Revision of Machinery of Youth Service Scheme, 1942
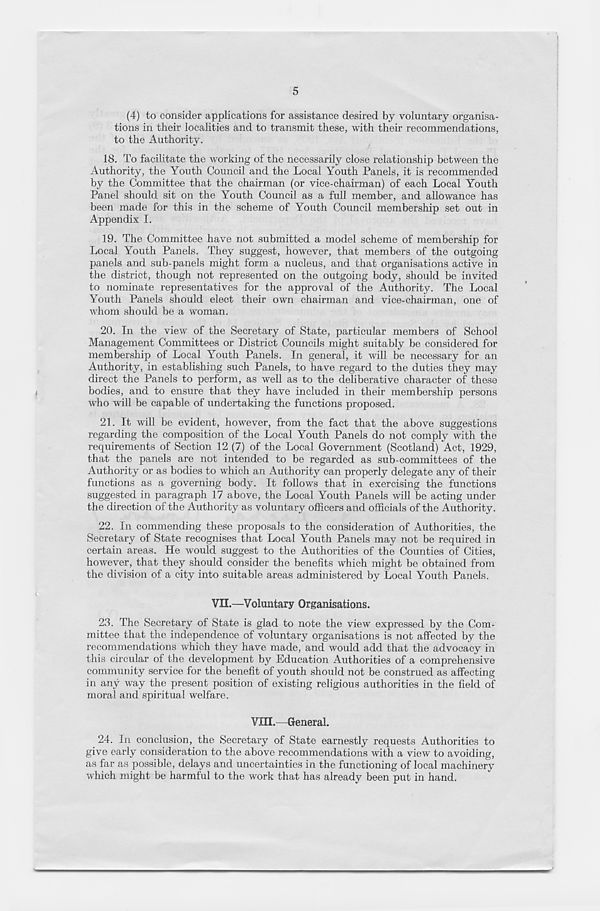
5
(4) to consider applications for assistance desired by voluntary organisa-
tions in their localities and to transmit these, with their recommendations,
to the Authority.
18. To facilitate the working of the necessarily close relationship between the
Authority, the Youth Council and the Local Youth Panels, it is recommended
by the Committee that the chairman (or vice-chairman) of each Local Youth
Panel should sit on the Youth Council as a full member, and allowance has
been made for this in the scheme of Youth Council membership set out in
Appendix I.
19. The Committee have not submitted a model scheme of membership for
Local Youth Panels. They suggest, however, that members of the outgoing
panels and sub-panels might form a nucleus, and that organisations active in
the district, though not represented on the outgoing body, should be invited
to nominate representatives for the approval of the Authority. The Local
Youth Panels should elect their own chairman and vice-chairman, one of
whom should be a woman.
20. In the view of the Secretary of State, particular members of School
Management Committees or District Councils might suitably be considered for
membership of Local Youth Panels. In general, it will be necessary for an
Authority, in establishing such Panels, to have regard to the duties they may
direct the Panels to perform, as well as to the deliberative character of these
bodies, and to ensure that they have included in their membership persons
who will be capable of undertaking the functions proposed.
21. It will be evident, however, from the fact that the above suggestions
regarding the composition of the Local Youth Panels do not comply with the
requirements of Section 12 (7) of the Local Government (Scotland) Act, 1929,
that the panels are not intended to be regarded as sub-committees of the
Authority or as bodies to which an Authority can properly delegate any of their
functions as a governing body. It follows that in exercising the functions
suggested in paragraph 17 above, the Local Youth Panels will be acting under
the direction of the Authority as voluntary officers and officials of the Authority.
22. In commending these proposals to the consideration of Authorities, the
Secretary of State recognises that Local Youth Panels may not be required in
certain areas. He would suggest to the Authorities of the Counties of Cities,
however, that they should consider the benefits which might be obtained from
the division of a city into suitable areas administered by Local Youth Panels.
VII.—Voluntary Organisations.
23. The Secretary of State is glad to note the view expressed by the Com-
mittee that the independence of voluntary organisations is not affected by the
recommendations which they have made, and would add that the advocacy in
this circular of the development by Education Authorities of a comprehensive
community service for the benefit of youth should not be construed as affecting
in any way the present position of existing religious authorities in the field of
moral and spiritual welfare.
VIII.—General.
24.
In conclusion, the Secretary of State earnestly r
give early consideration to the above recommendations with a view to avoiding,
as far as possible, delays and uncertainties in the functioning of local machinery
which might be harmful to the work that has already been put in hand.